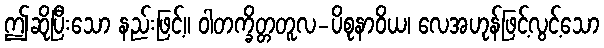
ဤဆိုပြီးသော နည်းဖြင့်။ ဝါတက္ခိတ္တတူလ-ပိစုနာဝိယ၊ လေအဟုန်ဖြင့်လွင့်သော